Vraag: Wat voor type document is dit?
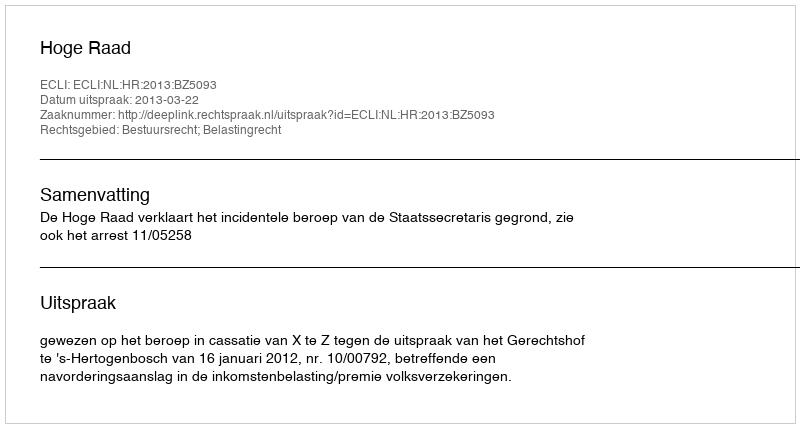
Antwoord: Uitspraak